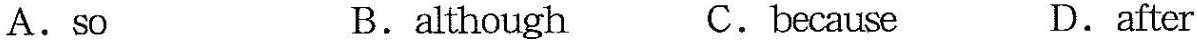
A.so B.although C.because D.after